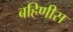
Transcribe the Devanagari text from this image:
बहिणीस